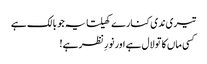
تیری ندی کنارے کھیلتا یہ جو بالک ہے
کسی ماں کا تو لال ہے اور نورِ نظر ہے!